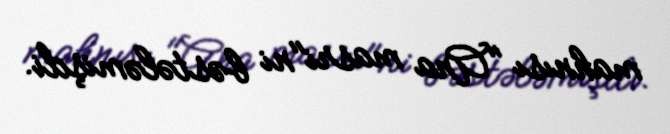
mahnısı "Ana masri"ni bəstələmişdi.